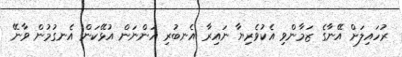
ރުހައިލަށް އޭނާގެ ޒަމާންވި އެކުވެރިޔާ ނައިރާ އެނބުރި އަންނަން އުޅޭކަން އެނގުމުން ވާނޭ